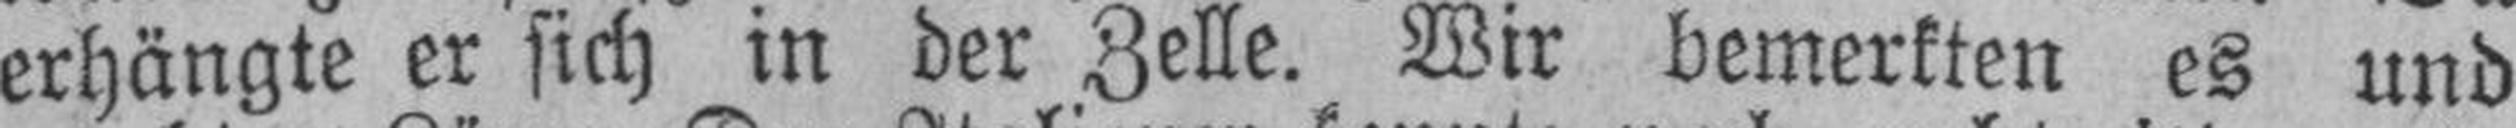
erhängte er sich in der Zelle. Wir bemerkten es und